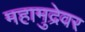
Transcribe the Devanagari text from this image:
महामुद्रेवर